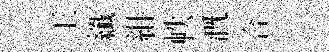
王纖紺帙溉合